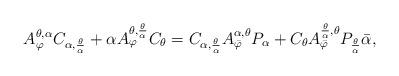
LaTeX: \begin{align*} A_{\varphi}^{\theta, \alpha}C_{\alpha,\frac{\theta}{\alpha}}+\alpha A_{\varphi}^{\theta, \frac{\theta}{\alpha}}C_{\theta}=C_{\alpha,\frac{\theta}{\alpha}}A_{\bar{\varphi}}^{\alpha, \theta}P_\alpha+ C_{\theta}A_{\bar{\varphi}}^{\frac{\theta}{\alpha}, \theta}P_{\frac\theta\alpha}\bar{\alpha},\end{align*}